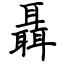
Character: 聶